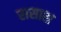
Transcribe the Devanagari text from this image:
रासारा